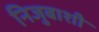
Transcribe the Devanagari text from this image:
निजुबाशी